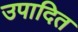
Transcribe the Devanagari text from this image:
उपादित